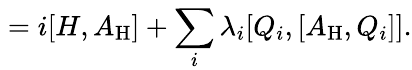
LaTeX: \mathrm{}=i[H,A_{\mathrm{H}}]+\sum_{i}^{}\lambda_{i}[Q_{i},[A_{\mathrm{H}},Q_{i}]].